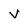
Character: v